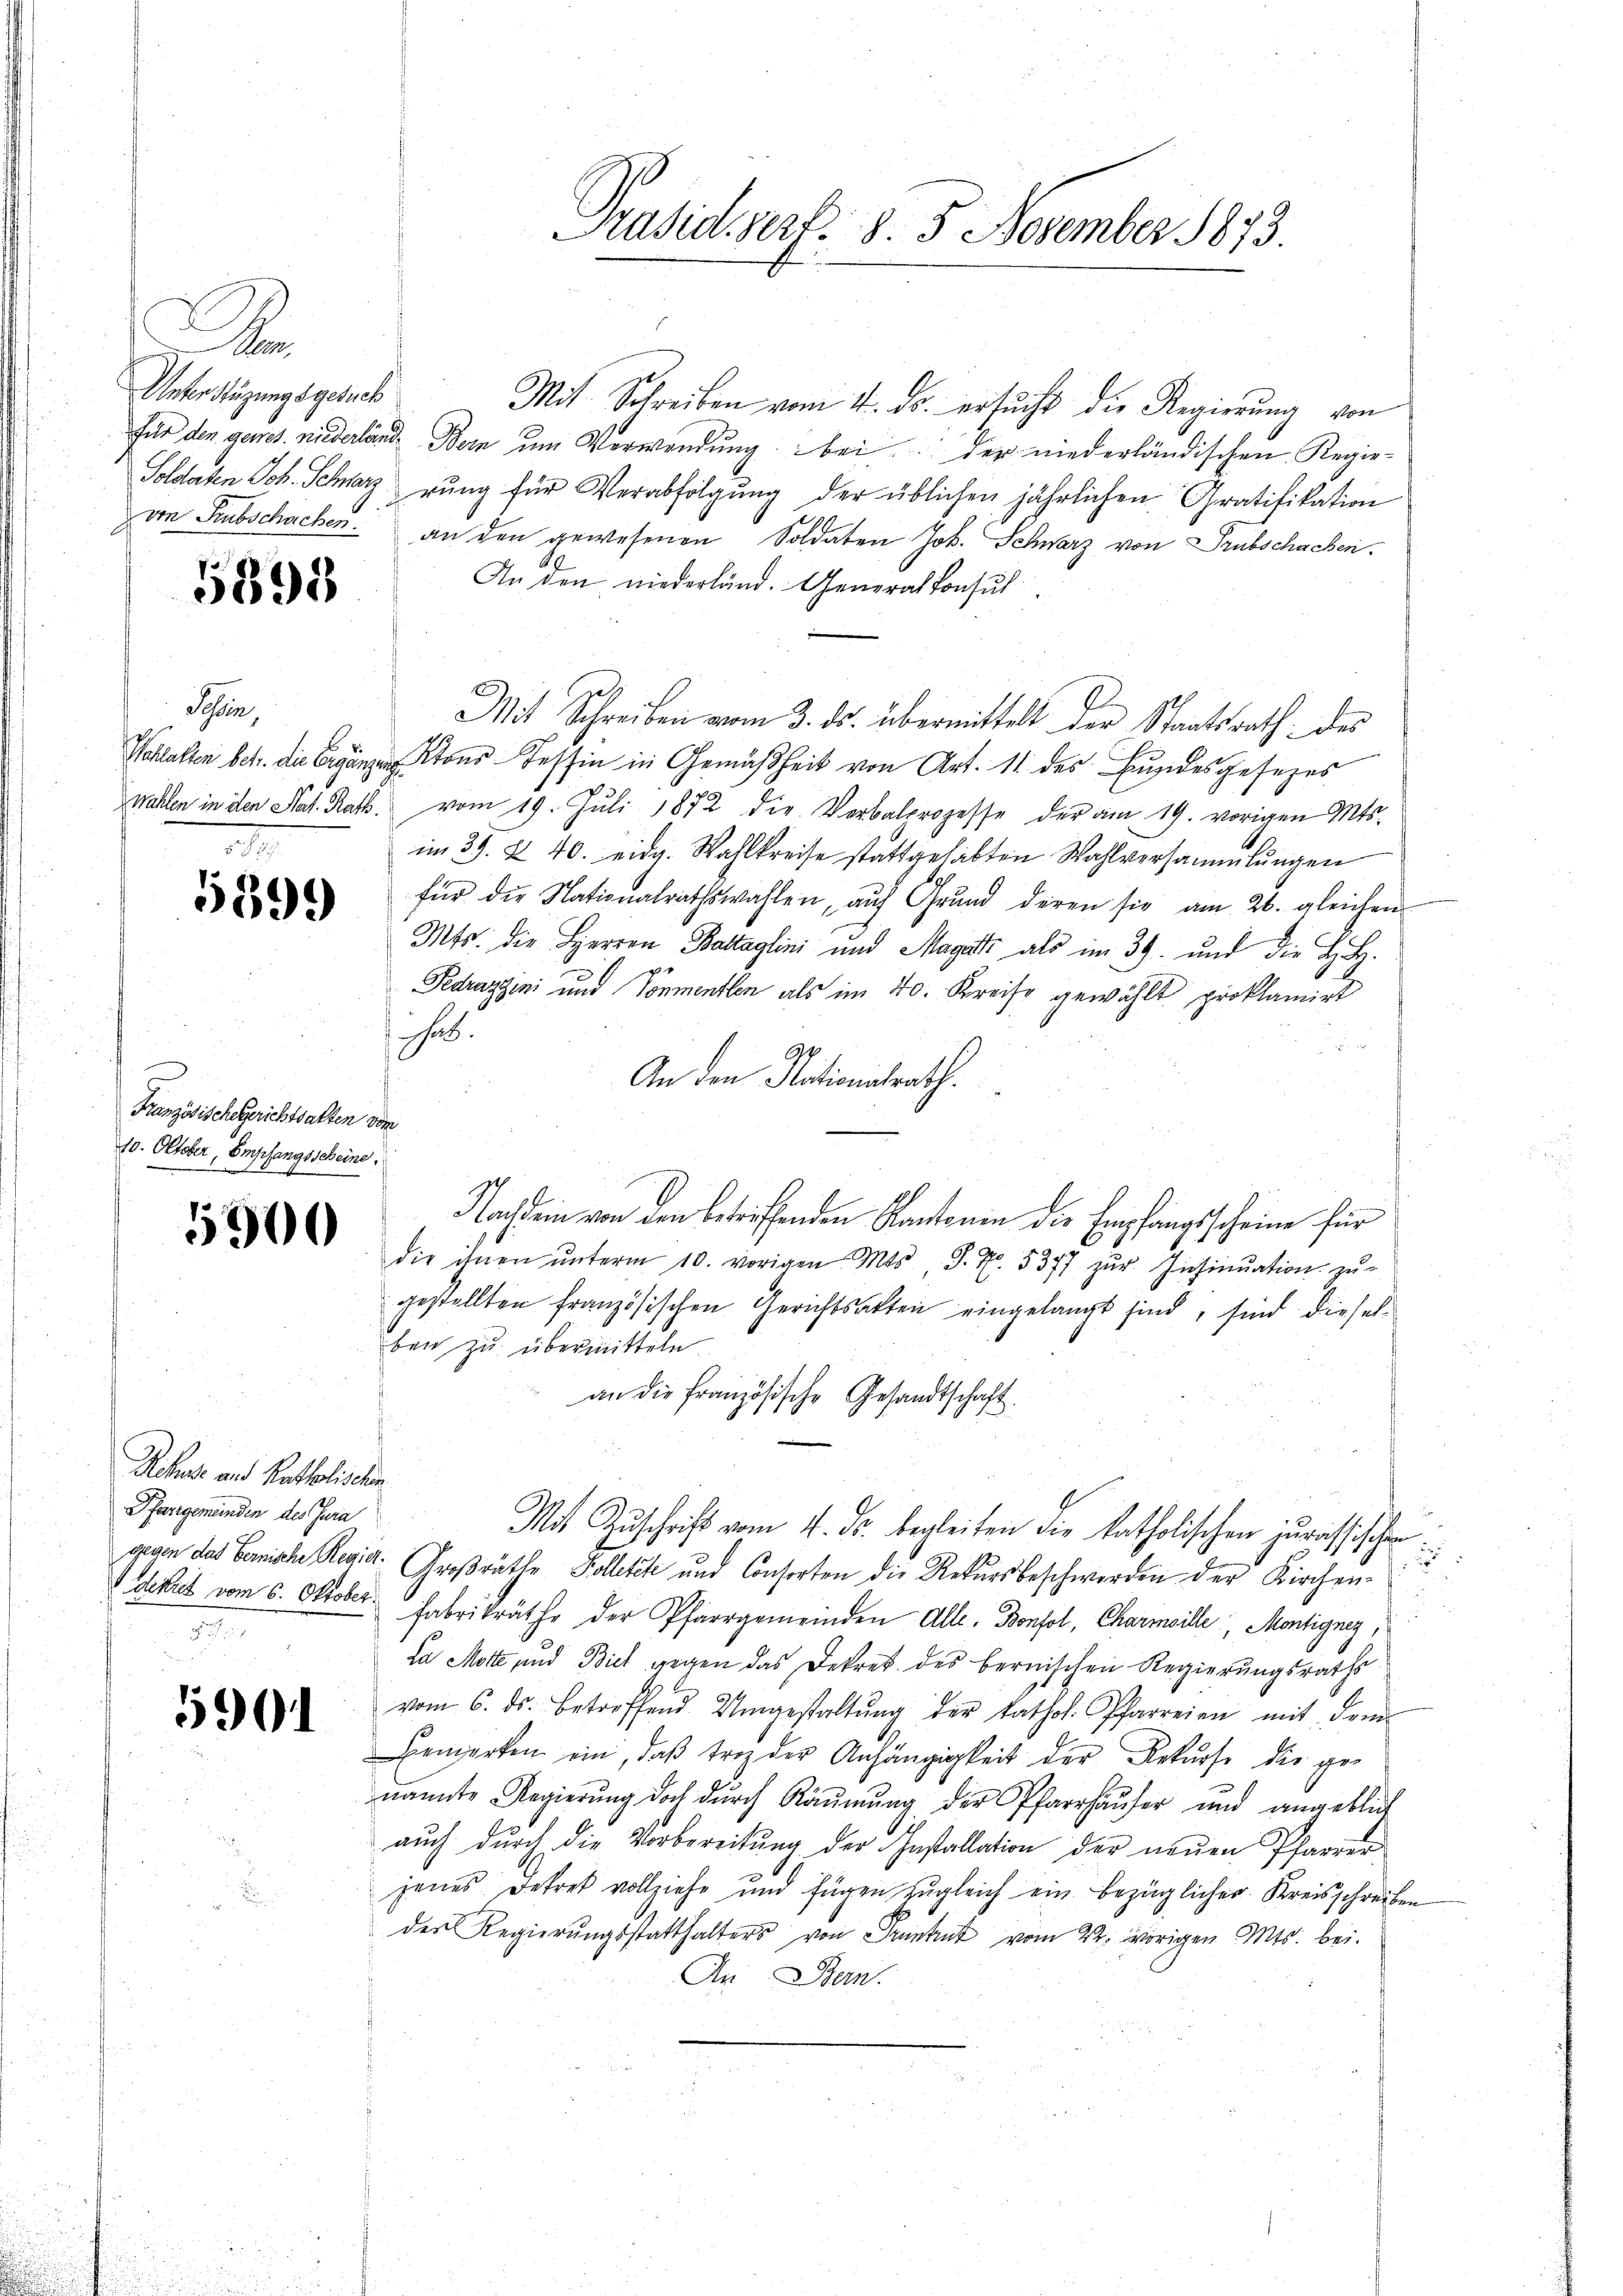
er,
Unter Stüzungsgesuch

5898

Schein,
2

5399

e
Französischegerichtsakten vom
10. Oktober, Empfangsscheine.

5900

Rchus und Ratholischen
Pfarrgemeinden des Jura

5901

Präsidiert. 5. 5. November 1873.

Mit Schreiben vom 4. ds. ersucht die Regierung von
für den gewes. niederland Bern um Verwendung bei der niederländischen Regie¬
Soldaten Joh. Schwarz rŭng für Verabfolgŭng der üblichen jährlichen Gratifikation
von Subschachen an den gewesenen Soldaten Joh. Schwarz von Trubschachen.
An den niederländ. Generalkonsul
Mit Schreiben vom 3. ds. übermittelt der Staatsrath des
Wohlallen betr. die Antons Tessin in Gemäßheit von Art. 11. des Bundesgesezes
Wahlen in den Stat. Rath vom 19. Jŭli 1872 die Verbalprozesse der am 19. vorigen Mts.
im 39. X. 40. eidg. Wahlkreise stattgehabten Wahlversammlungen
für die Nationalrathswahlen, aŭf Grŭnd deren sie am 26. gleichen
Mts. die Herren Baltaglini und Magatz als im 39. und die H. H.
Fedragini und Ponmentlen als im 40. Kreise gewählt proklamirt
 hat.
2
An den Nationalrath.
Nachdein von den betreffenden Kantonen die Empfangsscheine für
die ihnen ŭnterm 10. vorigen Mts., S. Nr. 5377 zŭr Insinuation zu
gestellten französischen Gerichtsakten eingelangt sind, sind dieselben zu übermitteln
an die französische Gesandtschaft.
Mit Zuschrift vom 4. ds. begleiten die katholischen jurassischen
2
gegen das Gemische Regier. Großräthe Kolletete und Consorten die Rekursbeschwerden der Kirchen-
Actus vom 6. Oktober Fabrikräthe der Pfarrgemeinden Alle. Bonfol, Charmoille, Montignez,
da Mott und Biel gegen das Dekret des bernischen Regierŭngsraths
vom 6. ds. betreffend Umgestaltŭng der kathol. Pfarreien mit dem
Bemerken ein, daß trotz der Anhängigkeit der Rekurse die genannte Regierŭng doch dŭrch Räŭmŭng der Pfarrhäŭser und angeblich
aŭch dŭrch die Vorbereitŭng der Installation der neŭen Pfarrer
jenes Dekret vollziehe und fügen zugleich ein bezüglicher Kreisschreiben
den Regierŭngsstatthalters von Punkt vom 22. vorigen Mts. bei.
An Bern.